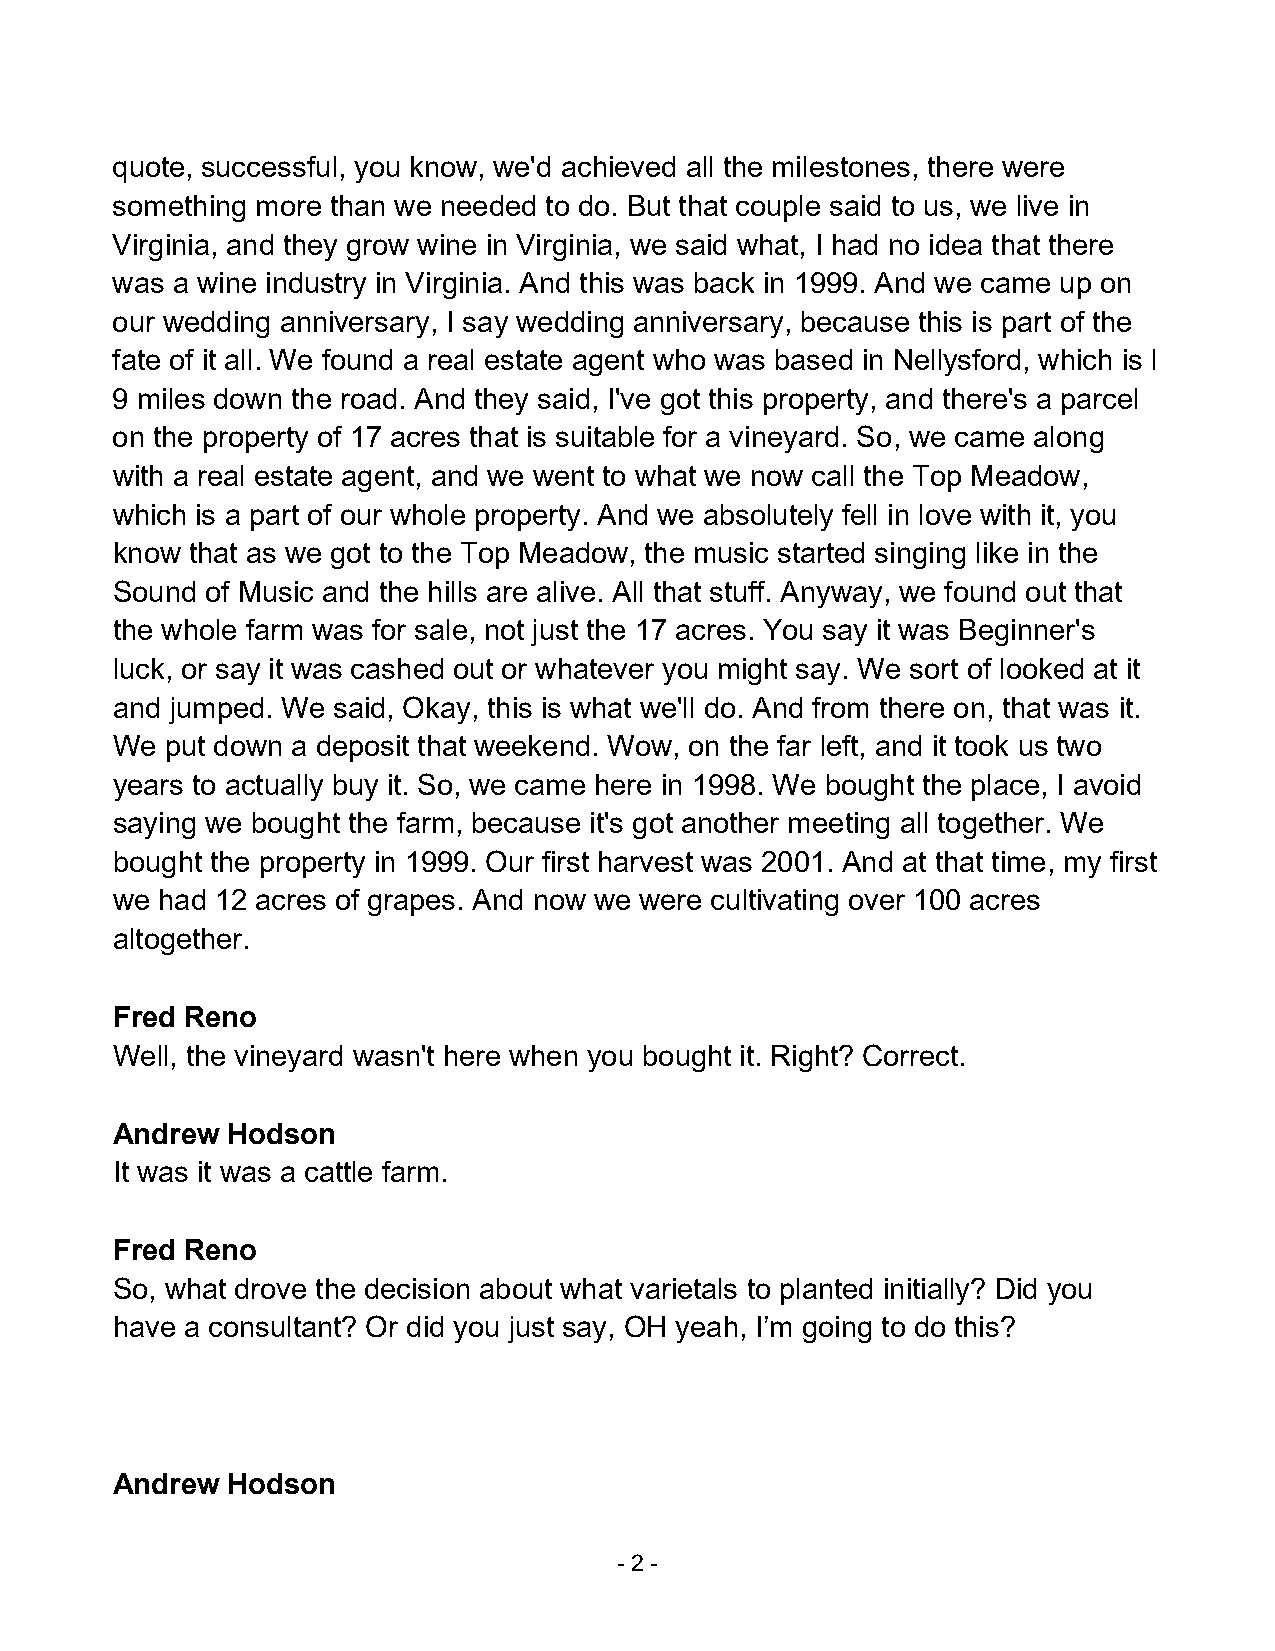
quote, successful, you know, we'd achieved all the milestones, there were
 something more than we needed to do. But that couple said to us, we live in
 Virginia, and they grow wine in Virginia, we said what, I had no idea that there
 was a wine industry in Virginia. And this was back in 1999. And we came up on
 our wedding anniversary, I say wedding anniversary, because this is part of the
 fate of it all. We found a real estate agent who was based in Nellysford, which is l
 9 miles down the road. And they said, I've got this property, and there's a parcel
 on the property of 17 acres that is suitable for a vineyard. So, we came along
 with a real estate agent, and we went to what we now call the Top Meadow,
 which is a part of our whole property. And we absolutely fell in love with it, you
 know that as we got to the Top Meadow, the music started singing like in the
 Sound  of Music and the hills are alive. All that stuff. Anyway, we found out that
 the whole farm was for sale, not just the 17 acres. You say it was Beginner's
 luck, or say it was cashed out or whatever you might say. We sort of looked at it
 and jumped. We said, Okay, this is what we'll do. And from there on, that was it.
 We  put down a deposit that weekend. Wow, on the far left, and it took us two
 years to actually buy it. So, we came here in 1998. We bought the place, I avoid
 saying we bought the farm, because it's got another meeting all together. We
 bought the property in 1999. Our first harvest was 2001. And at that time, my first
 we had 12 acres of grapes. And now we were cultivating over 100 acres
 altogether.
 Fred Reno
 Well, the vineyard wasn't here when you bought it. Right? Correct.
 Andrew  Hodson
 It was it was a cattle farm.
 Fred Reno
 So, what drove the decision about what varietals to planted initially? Did you
 have a consultant? Or did you just say, OH yeah, I’m going to do this?
 Andrew  Hodson
 - 2 -